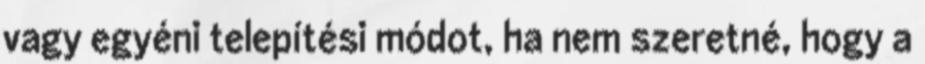
vagy egyéni telepítési módot, ha nem szeretné, hogy a